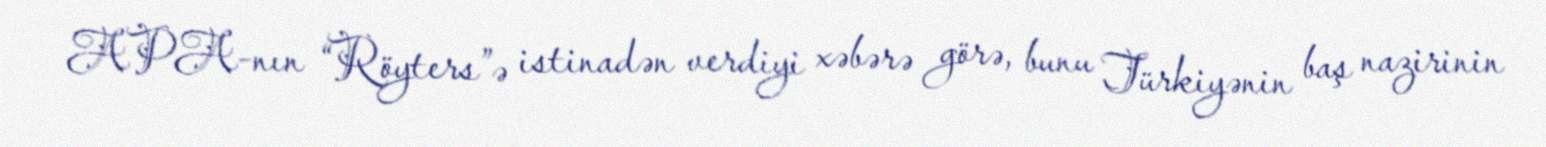
APA-nın “Röyters”ə istinadən verdiyi xəbərə görə, bunu Türkiyənin baş nazirinin